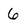
Character: 6